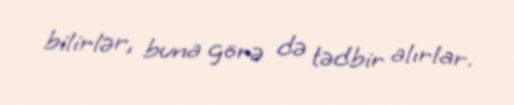
bilirlər, buna görə də tədbir alırlar.